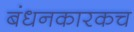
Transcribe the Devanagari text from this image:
बंधनकारकच